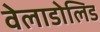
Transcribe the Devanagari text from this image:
वेलाडोलिड